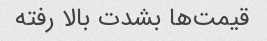
قیمت‌ها بشدت بالا رفته